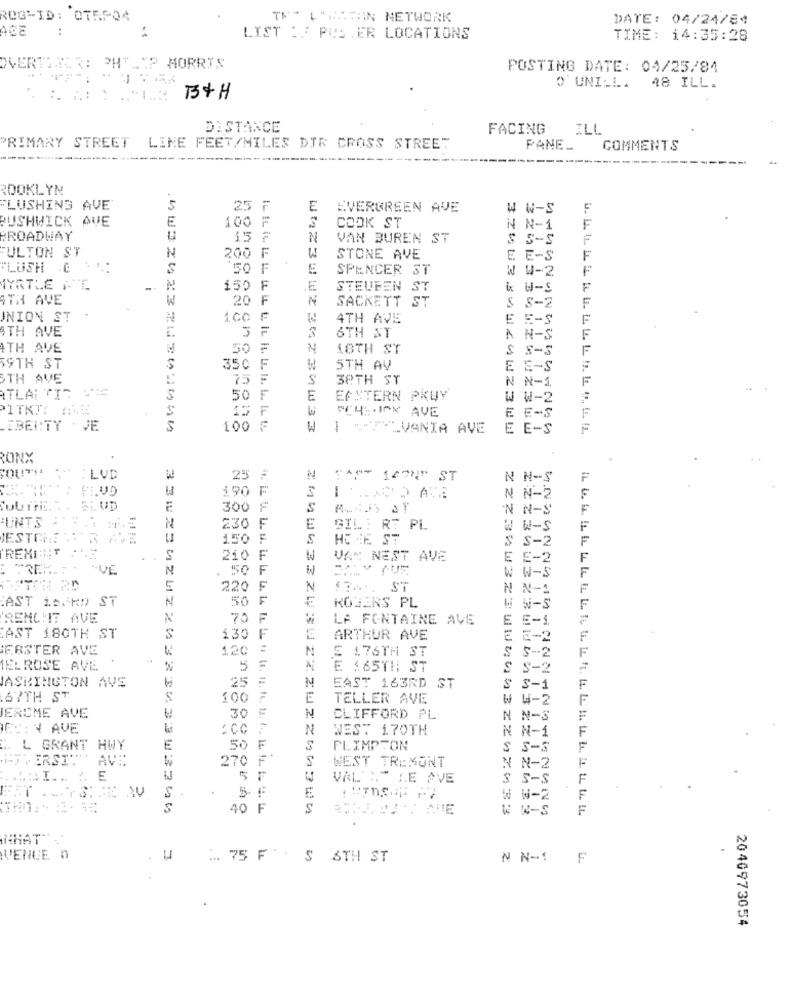
ROG-ID: OTRS04
TE- L'ANTIIN NETWORK
DATE: 04/24/84
ACE
..
LIST :F PUD.ER LOCATIONS
TIME: 14:35:28
OVERT
PH"
CP MORRIS
POSTING DATE: 04/25/84
O'UNILL. 48 ILL.
:.
B+H
DISTANCE
FACING
ILL
PRIMARY STREET
LINE FEET/MILES DIR CROSS STREET
PANE_
COMMENTS
ROOKLYN
FLUSHING AVE
25 F
E
EVERGREEN AVE
4 W-S
BUSHWICK AVE
100 F
COOK ST
N-1
BROADWAY
15 F
N
VAN BUREN ST
$ 5-9
ULTON ST
N
200 F
W
STONE AVE
E E-S
F
"LUSH .C
'50
₣
E
SPENCER ST
W W-2
F
IYRTLE FE
150 F
.E.
STEUBEN ST
i W-s
F
4TH AVE
20 F
N
SACKETT ST
F
5 8-2
UNION ST
1.CO F
4TH AVE
E E-S
4TH AVE
3
6TH ST
AN-S
4TH AVE
50 F
18TH ST
S S-S
SSTH ST
350 F
5TH AV
E E-S
STH AVE
75 F
38TH ST
F
ATLANTIS WIE
N N-1.
50
F
E
EASTERN PRUY
W W-2
PITKI: 26
E E-S
EBEN:TY . JE
100 F
1 FYLVANIA AVE
E E-S
RONX
LVD
..
25
FAST 142N" ST
N N-S
190 F
--
N N-2
300 F
5
N N-S
UNTS :".
E
230 F
GIL : RT PL
W-S
BESTCHE SUR ME
.. ...
150 F
HE IF ST
S-2
REMIT :"
S
210 F
W
VAN NEST AVE
E E-2
TRER .. . . VE
50 F
W W-S
220 F
N
..... ST
NN-1
:AST 16/KD ST
N
50 F
ROGERS PL
W W-S
RENCHIT AVE
N
70 F
LA FONTAINE AVE
-
AST 180TH ST
S
130 F
ARTHUR AVE
5-2
EBSTER AVE
120
N
E 176TH ST
MELROSE AVE
E :65TH ST
S-2
25
=
JASRINGTON AVE
N
EAST 163RD ST
S S-1
67TH ST
100
E
TELLER AVE
W W-2
F
JEROME AVE
30
N
CLIFFORD PL
N N-S
FC: N AVE
N
WEST 170TH
N N-1
.. L GRANT HWY
E
50
F
FLIMPTON
S S-S
1-T ERSIT'S
AVE
270
F
S
WEST TREMONT
N N-2
VAL' NT LE AVE
S S-S
. ...
5
5- F
W W-
S
40 1
NHAT"
VENCE D
... 75
S 6TH ST
N N-1
F
2040973054